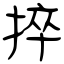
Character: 捽